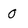
Character: 0